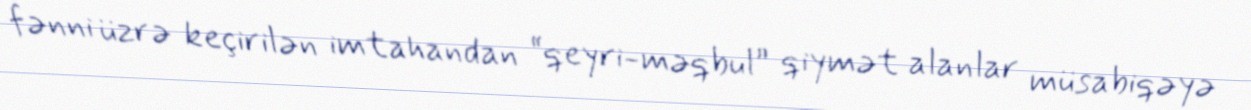
fənni üzrə keçirilən imtahandan “qeyri-məqbul” qiymət alanlar müsabiqəyə